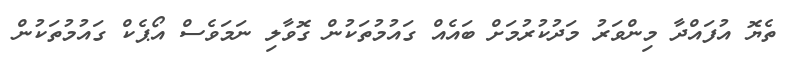
ތެޔޮ އުފައްދާ މިންވަރު މަދުކުރުމަށް ބައެއް ގައުމުތަކުން ގޮވާލި ނަމަވެސް އޯޕެކް ގައުމުތަކުން